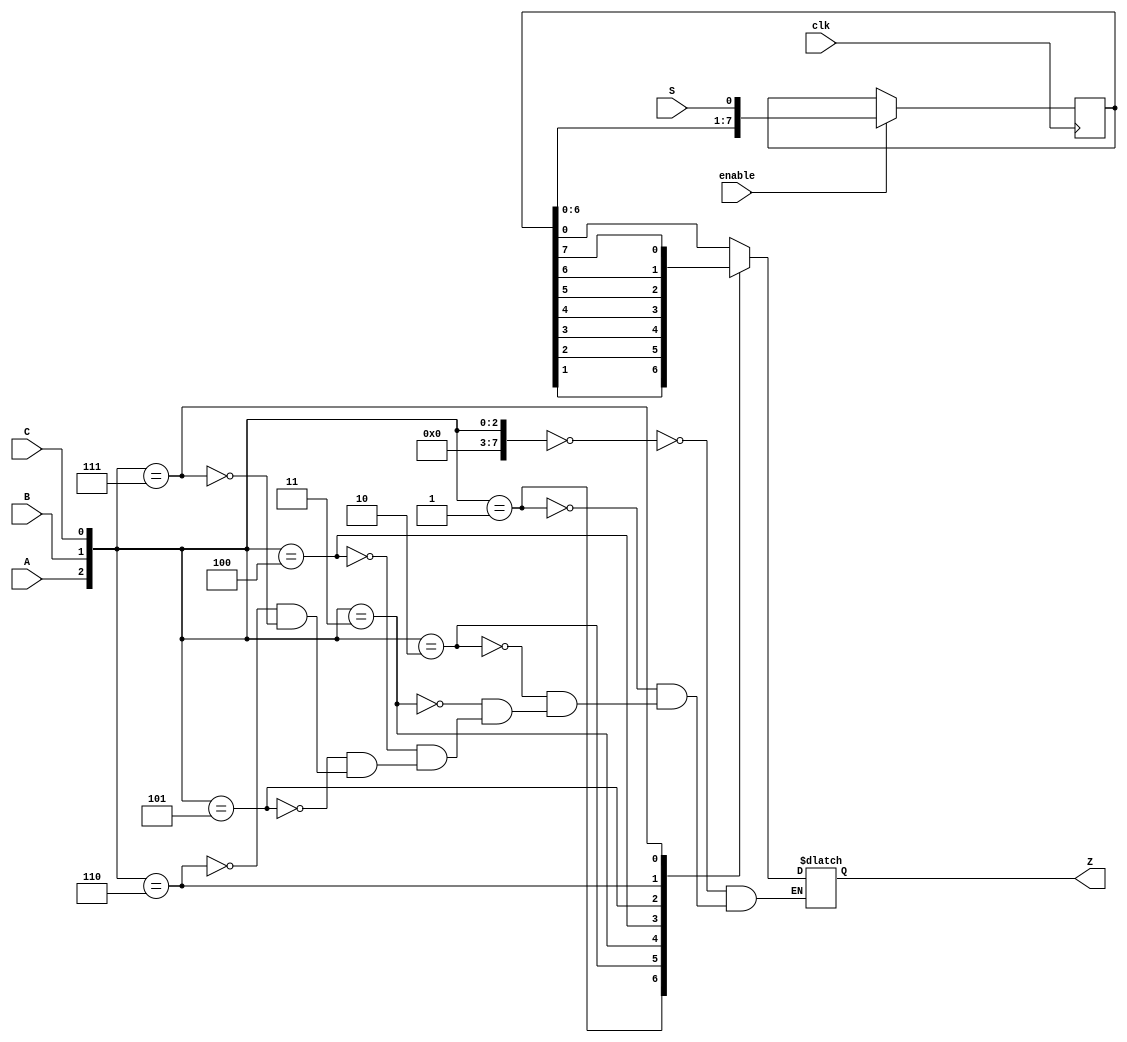
module top_module (
    input  wire clk,
    input  wire enable,
    input  wire S,
    input  wire A, B, C,
    output  reg Z
);
    wire [7:0] num;
    reg  [7:0] Q;

    assign num = {A, B, C};

    always @(posedge clk) begin
        if (enable) begin
            Q <= {Q[6:0], S};
        end
        else begin
        end
    end
    always @(*) begin
        case (num)
            3'd0: Z = Q[0];
            3'd1: Z = Q[1];
            3'd2: Z = Q[2];
            3'd3: Z = Q[3];
            3'd4: Z = Q[4];
            3'd5: Z = Q[5];
            3'd6: Z = Q[6];
            3'd7: Z = Q[7];
        endcase
    end
endmodule